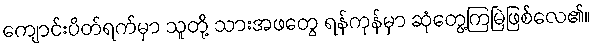
ကျောင်းပိတ်ရက်မှာ သူတို့ သားအဖတွေ ရန်ကုန်မှာ ဆုံတွေ့ကြမြဲဖြစ်လေ၏။